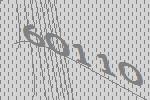
60110